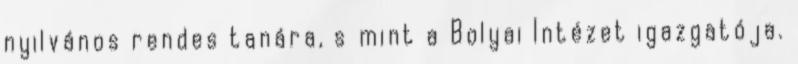
nyilvános rendes tanára, s mint a Bolyai Intézet igazgatója.